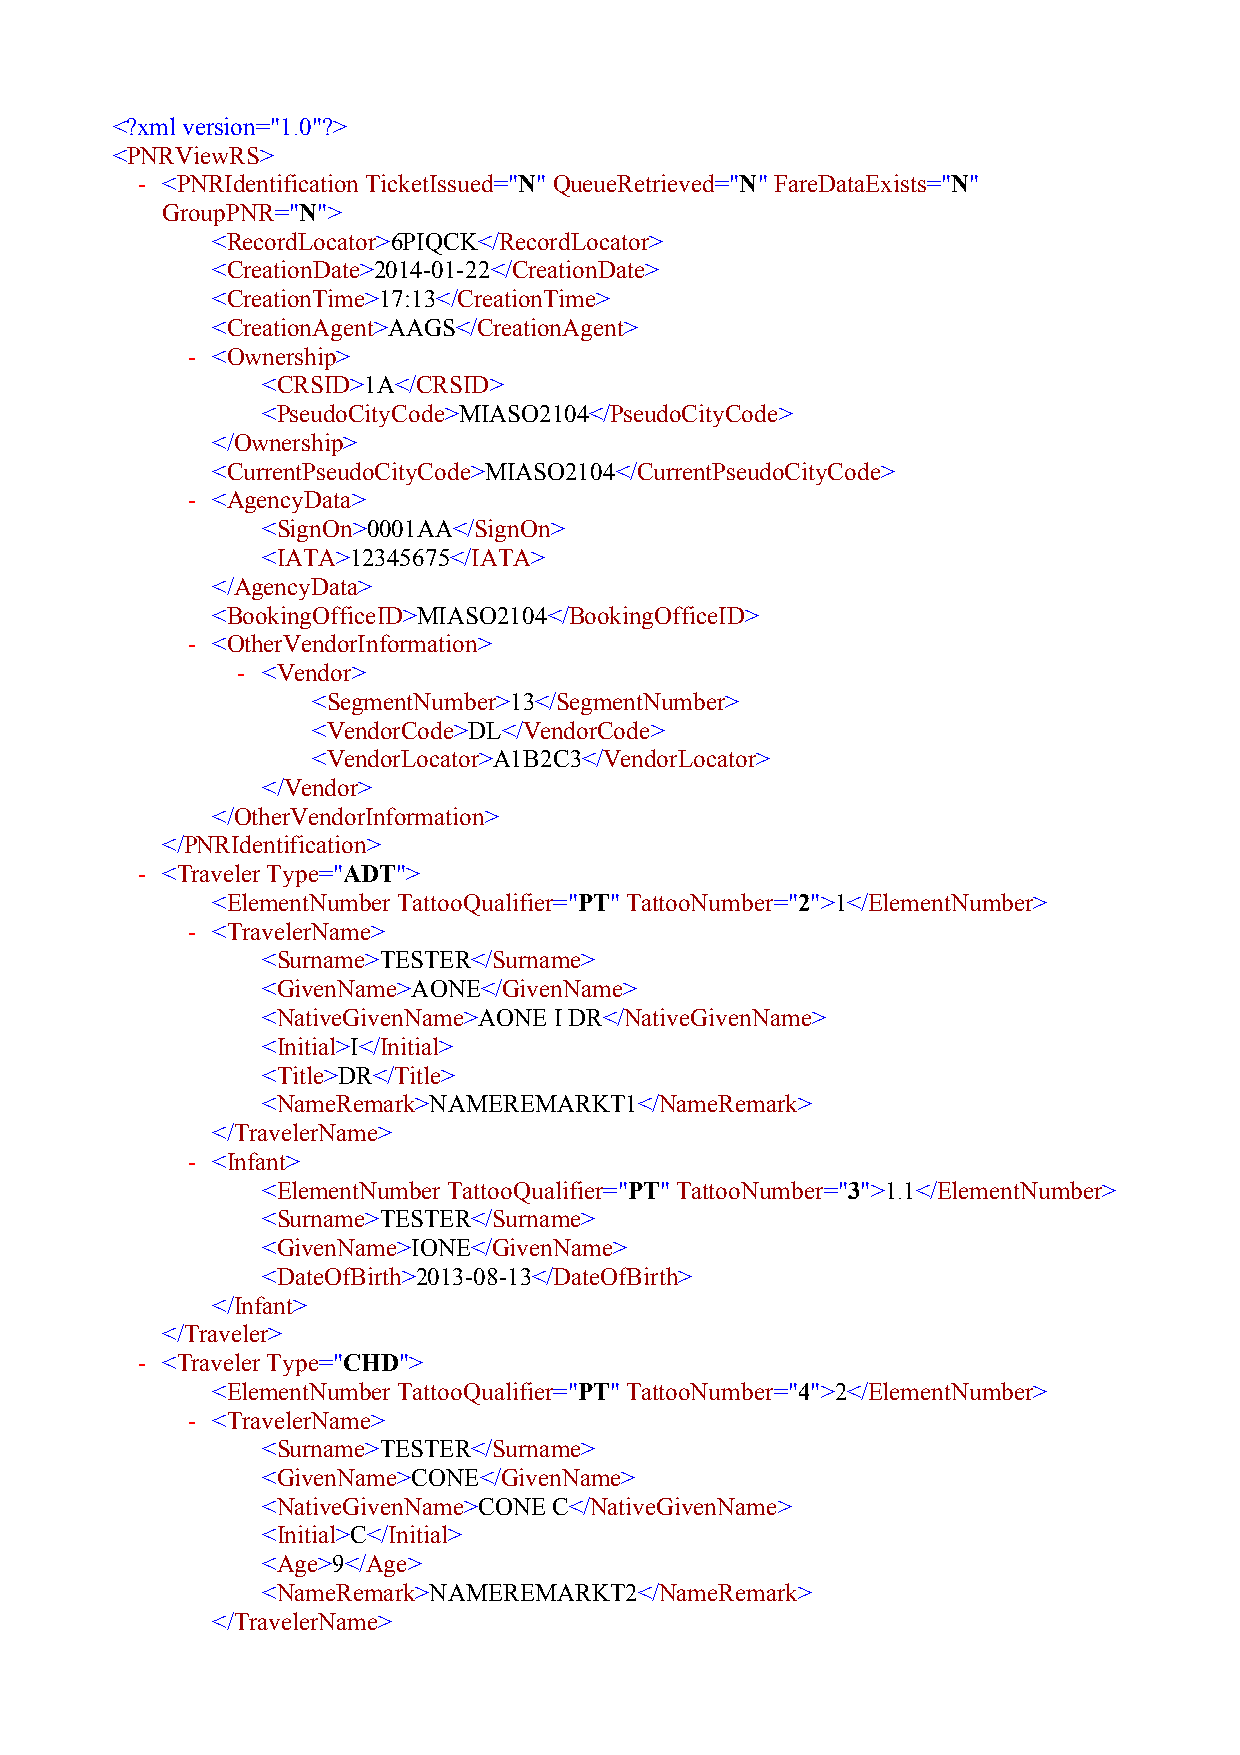
<?xml version="1.0"?>
 <PNRViewRS>
 - <PNRIdentificationTicketIssued="N" QueueRetrieved="N" FareDataExists="N"
 GroupPNR="N">
 <RecordLocator>6PIQCK</RecordLocator>
 <CreationDate>2014-01-22</CreationDate>
 <CreationTime>17:13</CreationTime>
 <CreationAgent>AAGS</CreationAgent>
 - <Ownership>
 <CRSID>1A</CRSID>
 <PseudoCityCode>MIASO2104</PseudoCityCode>
 </Ownership>
 <CurrentPseudoCityCode>MIASO2104</CurrentPseudoCityCode>
 - <AgencyData>
 <SignOn>0001AA</SignOn>
 <IATA>12345675</IATA>
 </AgencyData>
 <BookingOfficeID>MIASO2104</BookingOfficeID>
 - <OtherVendorInformation>
 - <Vendor>
 <SegmentNumber>13</SegmentNumber>
 <VendorCode>DL</VendorCode>
 <VendorLocator>A1B2C3</VendorLocator>
 </Vendor>
 </OtherVendorInformation>
 </PNRIdentification>
 - <TravelerType="ADT">
 <ElementNumber TattooQualifier="PT" TattooNumber="2">1</ElementNumber>
 - <TravelerName>
 <Surname>TESTER</Surname>
 <GivenName>AONE</GivenName>
 <NativeGivenName>AONE I DR</NativeGivenName>
 <Initial>I</Initial>
 <Title>DR</Title>
 <NameRemark>NAMEREMARKT1</NameRemark>
 </TravelerName>
 - <Infant>
 <ElementNumber TattooQualifier="PT" TattooNumber="3">1.1</ElementNumber>
 <Surname>TESTER</Surname>
 <GivenName>IONE</GivenName>
 <DateOfBirth>2013-08-13</DateOfBirth>
 </Infant>
 </Traveler>
 - <TravelerType="CHD">
 <ElementNumber TattooQualifier="PT" TattooNumber="4">2</ElementNumber>
 - <TravelerName>
 <Surname>TESTER</Surname>
 <GivenName>CONE</GivenName>
 <NativeGivenName>CONE C</NativeGivenName>
 <Initial>C</Initial>
 <Age>9</Age>
 <NameRemark>NAMEREMARKT2</NameRemark>
 </TravelerName>